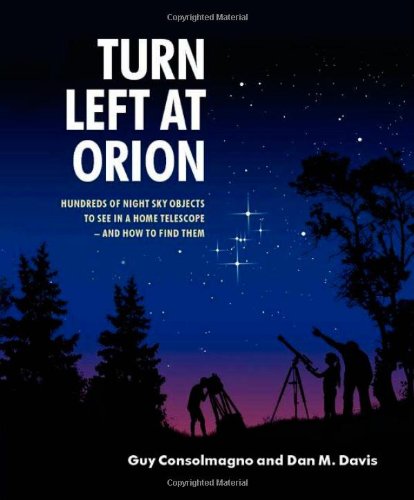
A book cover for Turn Left at Orion: Hundreds of Night Sky Objects to See in a Home Telescope - and How to Find Them; Guy Consolmagno; Science & Math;